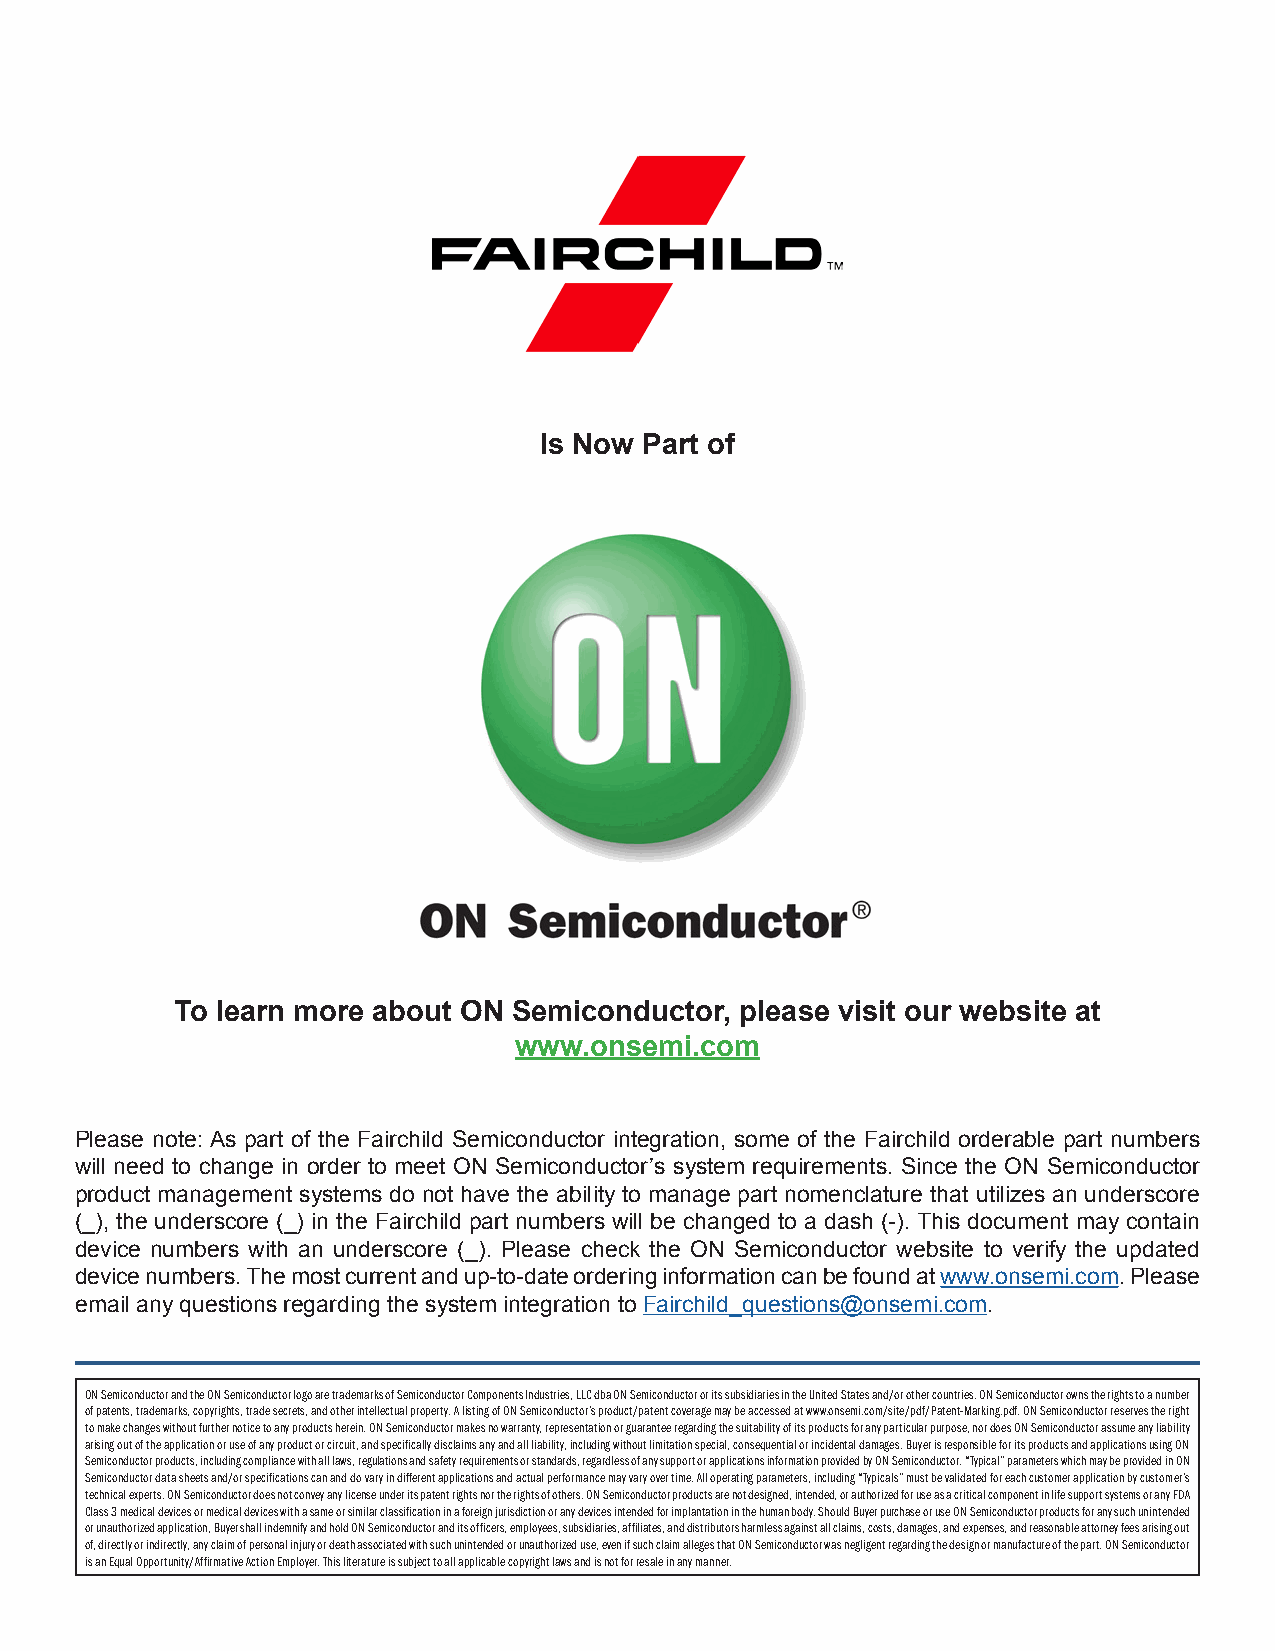
Is Now Part of
 To learn more about ON Semiconductor, please visit our website at
 www.onsemi.com
 Please note: As part of the Fairchild Semiconductor integration, some of the Fairchild orderable part numbers
 will need to change in order to meet ON Semiconductor’s system requirements. Since the ON Semiconductor
 product management systems do not have the ability to manage part nomenclature that utilizes an underscore
 (_), the underscore (_) in the Fairchild part numbers will be changed to a dash (-). This document may contain
 device numbers with an underscore (_). Please check the ON Semiconductor website to verify the updated
 device numbers. The most current and up-to-date ordering information can be found at www.onsemi.com. Please
 email any questions regarding the system integration to Fairchild_questions@onsemi.com.
 ON Semiconductor and the ON Semiconductor logo are trademarks of Semiconductor Components Industries, LLC dba ON Semiconductor or its subsidiaries in the United States and/or other countries. ON Semiconductor owns the rights to a number
 of patents, trademarks, copyrights, trade secrets, and other intellectual property. A listing of ON Semiconductor’s product/patent coverage may be accessed at www.onsemi.com/site/pdf/Patent-Marking.pdf. ON Semiconductor reserves the right
 to make changes without further notice to any products herein. ON Semiconductor makes no warranty, representation or guarantee regarding the suitability of its products for any particular purpose, nor does ON Semiconductor assume any liability
 arising out of the application or use of any product or circuit, and specifically disclaims any and all liability, including without limitation special, consequential or incidental damages. Buyer is responsible for its products and applications using ON
 Semiconductor products, including compliance with all laws, regulations and safety requirements or standards, regardless of any support or applications information provided by ON Semiconductor. “Typical” parameters which may be provided in ON
 Semiconductor data sheets and/or specifications can and do vary in different applications and actual performance may vary over time. All operating parameters, including “Typicals” must be validated for each customer application by customer’s
 technical experts. ON Semiconductor does not convey any license under its patent rights nor the rights of others. ON Semiconductor products are not designed, intended, or authorized for use as a critical component in life support systems or any FDA
 Class 3 medical devices or medical devices with a same or similar classification in a foreign jurisdiction or any devices intended for implantation in the human body. Should Buyer purchase or use ON Semiconductor products for any such unintended
 or unauthorized application, Buyer shall indemnify and hold ON Semiconductor and its officers, employees, subsidiaries, affiliates, and distributors harmless against all claims, costs, damages, and expenses, and reasonable attorney fees arising out
 of, directly or indirectly, any claim of personal injury or death associated with such unintended or unauthorized use, even if such claim alleges that ON Semiconductor was negligent regarding the design or manufacture of the part. ON Semiconductor
 is an Equal Opportunity/Affirmative Action Employer. This literature is subject to all applicable copyright laws and is not for resale in any manner.